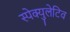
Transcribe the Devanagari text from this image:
स्पेक्युलेटिव